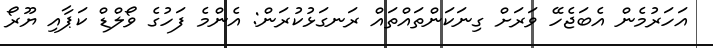
އަހަރުމެން އެބަޖެހޭ ވަރަށް ގިނަކަންތައްތައް ރަނގަޅުކުރަން: އެންމެ ފަހުގެ ވޯލްޑް ކަޕާއި ޔޫރޯ